Scientific memoirs by medical officers of the Army of India - Part II,
Year: 1886
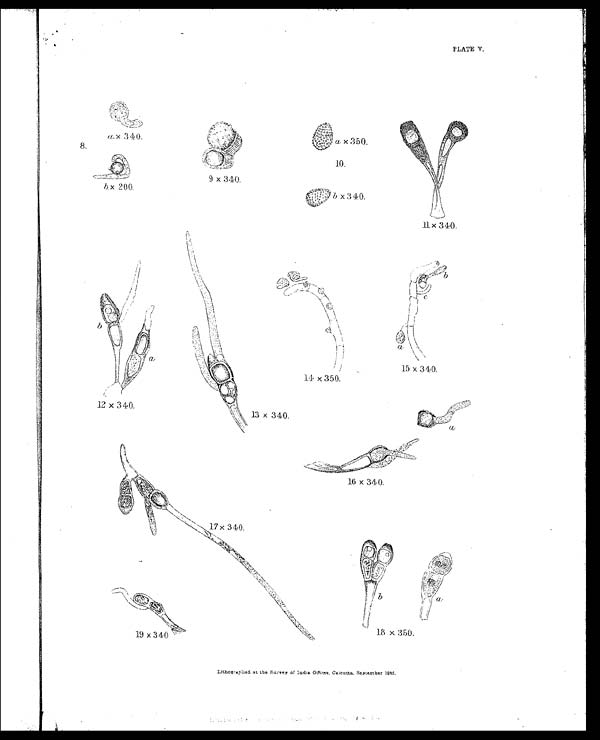
PLATE V.
Lithographed at the Survey of India Offices, Calcutta, September 1886 .